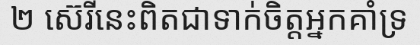
២ ស៊េរីនេះពិតជាទាក់ចិត្តអ្នកគាំទ្រ